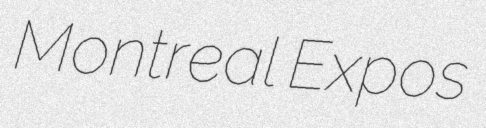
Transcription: Montreal Expos